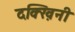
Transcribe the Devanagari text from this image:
दक्ख़िनी